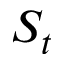
S _ { t }